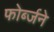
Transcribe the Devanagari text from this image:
फोर्ब्जने